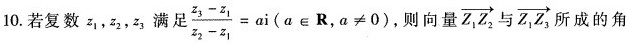
10.若复数z_{1},z_{2},z_{3}满足$$\frac{z_{3}-z_{1}}{z_{2}-z_{1}}=ai(a \in R,a\neq 0)$$，则向量\overrightarrow{Z_{1}Z_{2}}与\overrightarrow{Z_{1}Z_{3}}所成的角